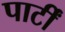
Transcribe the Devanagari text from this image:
पार्टीं